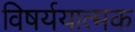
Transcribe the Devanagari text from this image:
विषर्ययात्मक